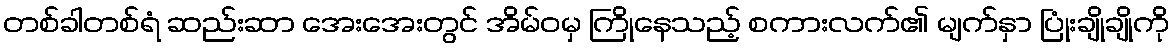
တစ်ခါတစ်ရံ ဆည်းဆာ အေးအေးတွင် အိမ်ဝမှ ကြိုနေသည့် စကားလက်၏ မျက်နှာ ပြုံးချိုချိုကို